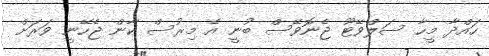
ހައްދާ މީހާ ސަލްވޭޓޫ ޖެނޮވޭސް ބުނީ އެ މިރުސް ކާން ޖެހޭނީ ވަރަށް